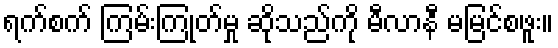
ရက်စက် ကြမ်းကြုတ်မှု ဆိုသည်ကို မီလာနီ မမြင်စဖူး။